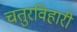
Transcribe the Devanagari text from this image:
चतुरविहारी